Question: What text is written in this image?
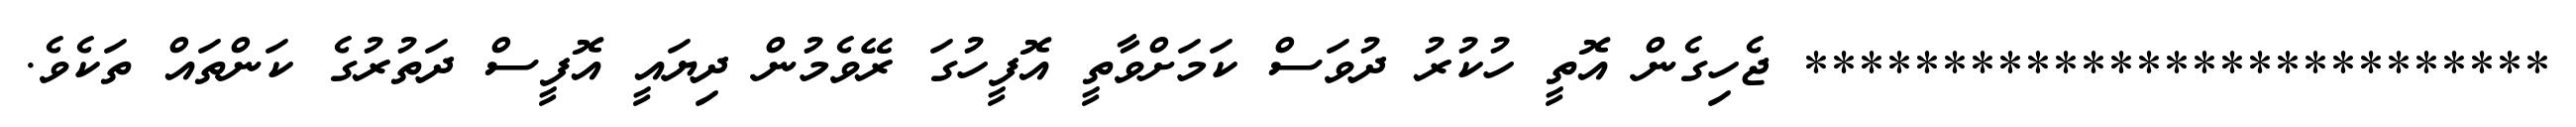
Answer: *************************** ޖެހިގެން އޮތީ ހުކުރު ދުވަސް ކަމަށްވާތީ އޮފީހުގަ ރޭވެމުން ދިޔައީ އޮފީސް ދަތުރުގެ ކަންތައް ތަކެވެ.